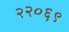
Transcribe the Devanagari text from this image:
२२०६९